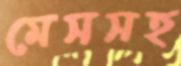
মেসসহ